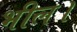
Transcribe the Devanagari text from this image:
भील।